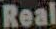
Real